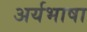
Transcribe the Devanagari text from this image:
अर्यभाषा